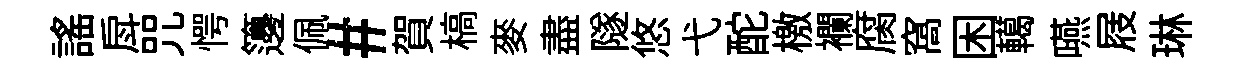
謡戽咒愕籩佩#賀槁麥盡隧悠弋酡檄襴腐窩困轕嚥屐琳